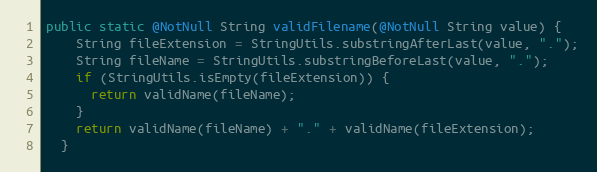
Language: Java
public static @NotNull String validFilename(@NotNull String value) {
    String fileExtension = StringUtils.substringAfterLast(value, ".");
    String fileName = StringUtils.substringBeforeLast(value, ".");
    if (StringUtils.isEmpty(fileExtension)) {
      return validName(fileName);
    }
    return validName(fileName) + "." + validName(fileExtension);
  }